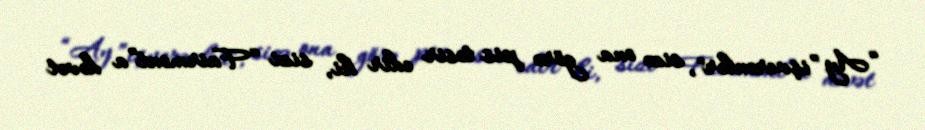
“Ay ”işverənlər", sizə ona görə pis təsir edir ki, sizi “Fairmont”a dəvət